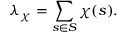
\lambda _ { \chi } = \sum _ { s \in S } \chi ( s ) .